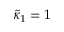
\tilde { \kappa } _ { 1 } = 1